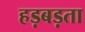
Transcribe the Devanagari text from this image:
हड़बड़ता